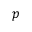
p